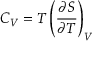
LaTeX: C _ { V } = T \left( { \frac { \partial S } { \partial T } } \right) _ { V }